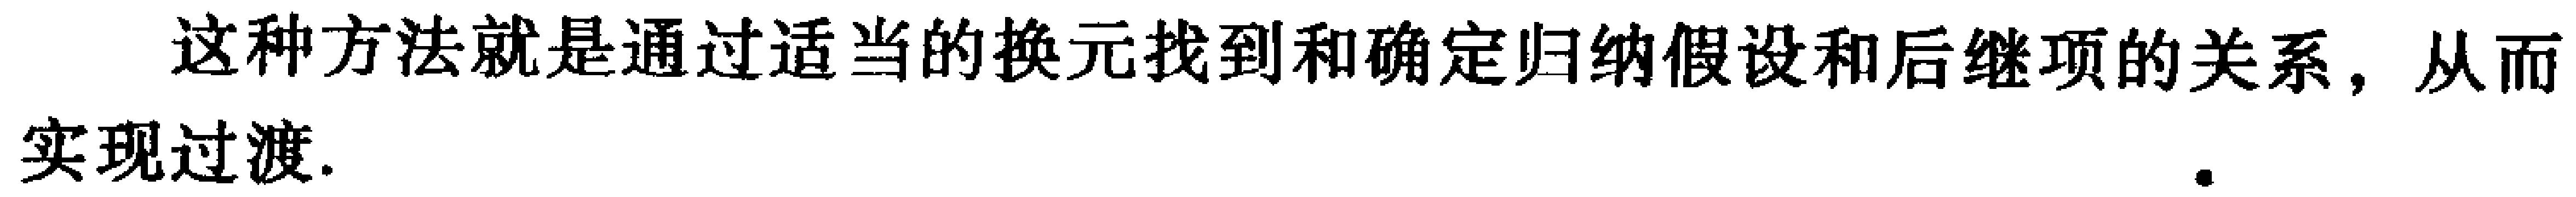
这种方法就是通过适当的换元找到和确定归纳假设和后继项的关系，从而实现过渡.